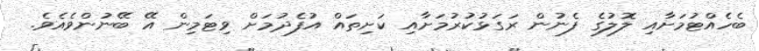
ބެހެއްޓުމަށާއި ލޮލުގެ ފެނުން ރަގަޅުކުރުމަށާއި ކަށިތައް އުފެދުމަށް ވިޓަމިން އޭ ބޭނުންވެއެވެ.